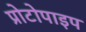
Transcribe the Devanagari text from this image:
प्रोटोपाइप